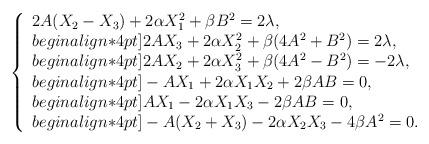
LaTeX: \begin{align*}\left\{\begin{array}{l}2A(X_2-X_3) + 2 \alpha X_1^2+\beta B^2 =2\lambda, \\begin{align*}4pt]2AX_3+2 \alpha X_2^2+\beta(4A^2+B^2)=2\lambda, \\begin{align*}4pt]2AX_2+2 \alpha X_3^2+\beta(4A^2- B^2)=-2\lambda, \\begin{align*}4pt]-AX_1+2\alpha X_1X_2+2\beta AB=0, \\begin{align*}4pt]AX_1-2\alpha X_1X_3-2\beta AB=0, \\begin{align*}4pt]-A(X_2+X_3)-2\alpha X_2X_3-4\beta A^2=0.\end{array}\right.\end{align*}